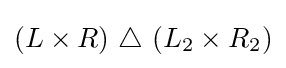
\left(L\times R\right)\,\triangle \,\left(L_{2}\times R_{2}\right)